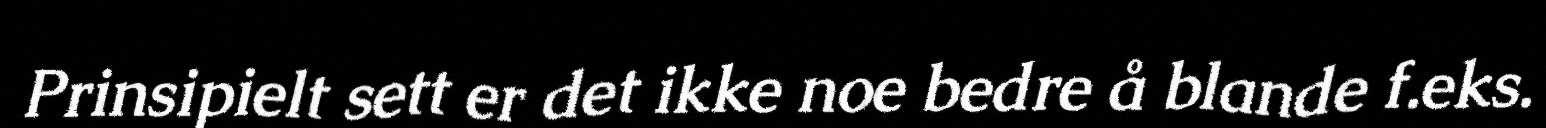
Prinsipielt sett er det ikke noe bedre å blande f.eks.